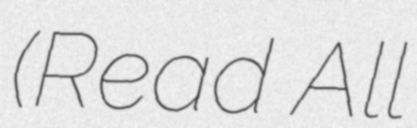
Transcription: (Read All